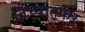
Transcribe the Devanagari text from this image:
तिच्यातफेर्